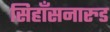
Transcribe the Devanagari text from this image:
सिहाँसनारुड